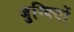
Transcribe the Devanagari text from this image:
जुग्गियों